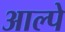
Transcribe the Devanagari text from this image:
आल्पे